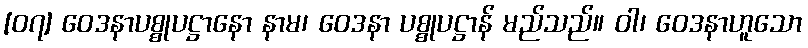
[၀၇] ဝေဒနာပစ္စုပဋ္ဌာနော နာမ၊ ဝေဒနာ ပစ္စုပဋ္ဌာန် မည်သည်။ ဝါ၊ ဝေဒနာဟူသော